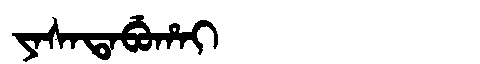
Manchu: ᠶᠠᠰᠠᡨᠠᠪᡠᡥᠠᡳ
Romanization: YASATABUHAI